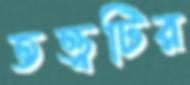
তত্ত্বটির